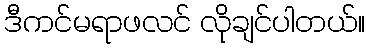
ဒီကင်မရာဖလင် လိုချင်ပါတယ်။